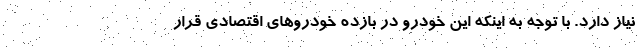
نیاز دارد. با توجه به اینکه این خودرو در بازده خودروهای اقتصادی قرار